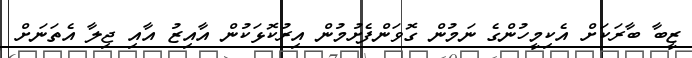
ޒީބާ ބާރަކަށް އެކިމީހުންގެ ނަމުން ގޮވަންފެށުމުން އިރުކޮޅަކުން އާއިޒު އާއި ޖިލާ އެތަނަށް